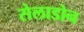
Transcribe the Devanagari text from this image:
सेलाडोन